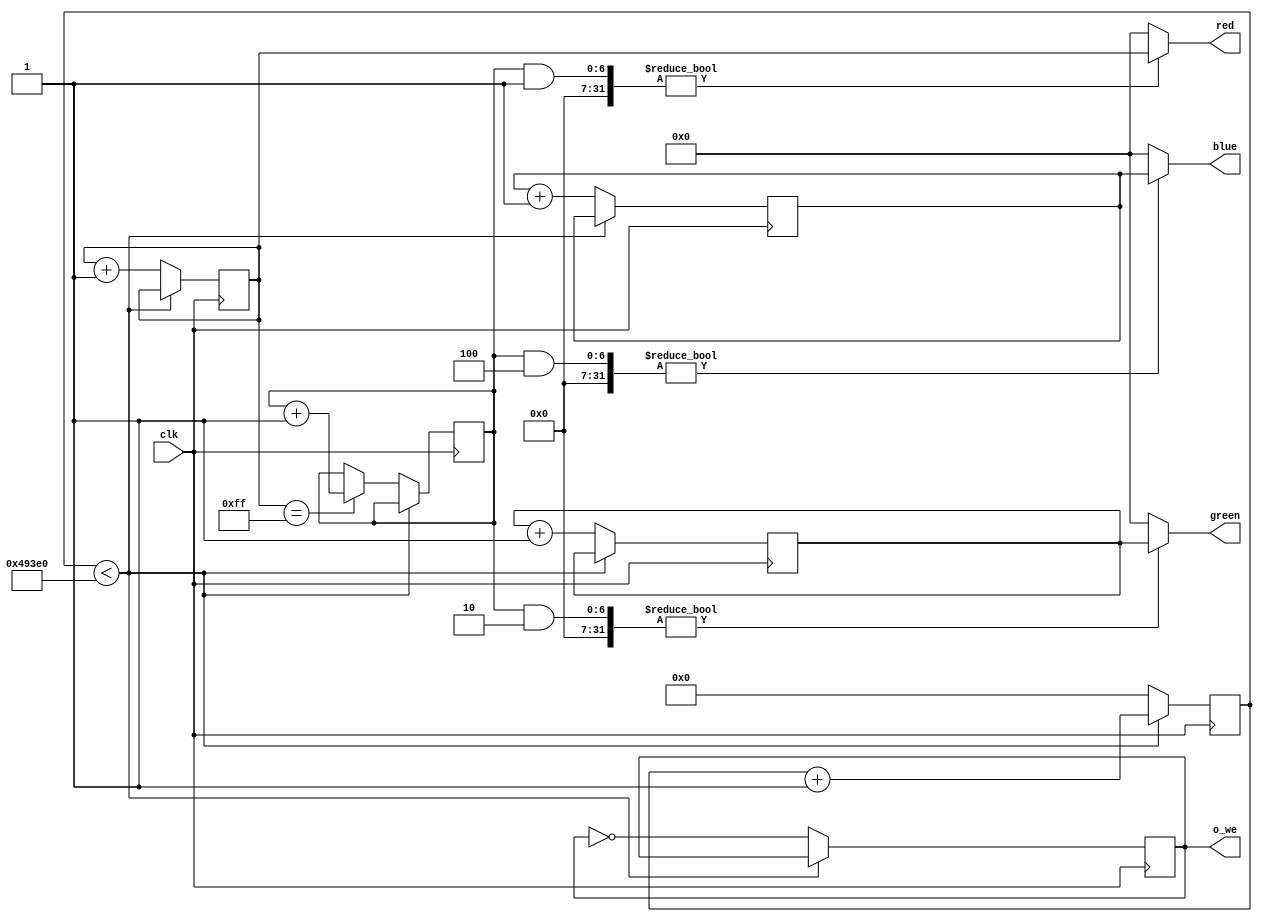
module rgb_controller

#(
	// Parameter Declarations
	parameter ticks_delay = 300000
)

(
	input clk,
	output wire [7:0] red,
	output wire [7:0] green,
	output wire [7:0] blue,
	output o_we
);

reg r_we;
reg [7:0] r_red;
reg [7:0] r_green;
reg [7:0] r_blue;
reg [31:0] ticks_cnt;
reg [6:0] color_pattern;

assign o_we = r_we;
assign red = (color_pattern & 1) ? r_red : 8'h0;
assign green = (color_pattern & 2) ? r_green : 8'h0;
assign blue = (color_pattern & 4) ?r_blue : 8'h0;

initial
begin
	r_we <= 0;
	r_red <= 0;
	r_green <= 0;
	r_blue <= 0;
	ticks_cnt <= 0;
	color_pattern <= 0;
end

always@(posedge clk)
begin
	if (ticks_cnt < ticks_delay)
	begin
		ticks_cnt <= ticks_cnt + 1;
	end
	else
	begin
		ticks_cnt <= 0;
		r_red <= r_red + 1;
		r_green <= r_green + 1;
		r_blue <= r_blue + 1;
		if (r_red == 255)
		begin
			color_pattern <= color_pattern + 1;
		end
		r_we <= ~r_we;
	end
end

endmodule